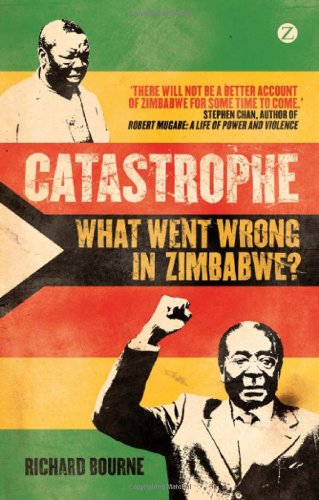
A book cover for Catastrophe: What Went Wrong in Zimbabwe?; Richard Bourne; History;